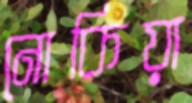
নোকিয়া